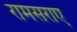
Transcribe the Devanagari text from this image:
रामसराए